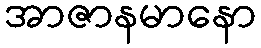
အာဇာနမာနော